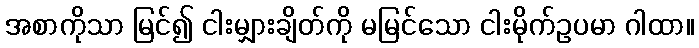
အစာကိုသာ မြင်၍ ငါးမျှားချိတ်ကို မမြင်သော ငါးမိုက်ဥပမာ ဂါထာ။